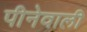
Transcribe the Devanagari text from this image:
पीनेवाली